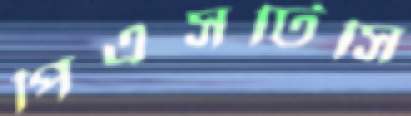
পিএসটিসি